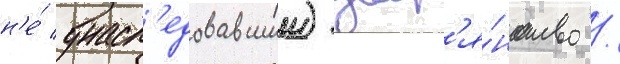
н'е́ унасл'едовавшии) двор'я́нство /